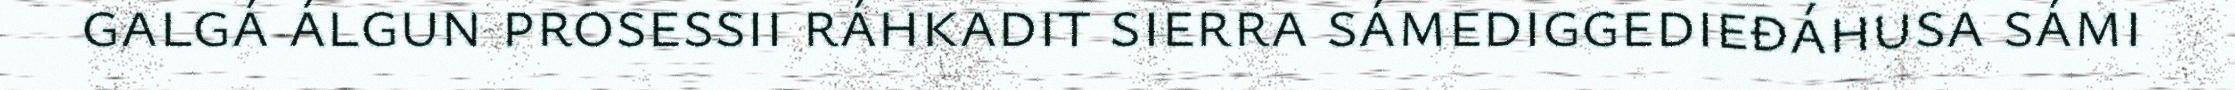
galgá álgun prosessii ráhkadit sierra sámediggedieđáhusa sámi